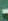
-